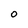
Character: 0